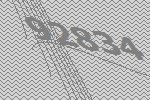
92834